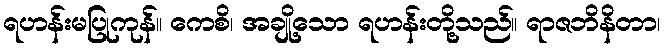
ရဟန်းမပြုကုန်။ ကေစိ၊ အချို့သော ရဟန်းတို့သည်။ ရာဇဘိနိတာ၊